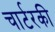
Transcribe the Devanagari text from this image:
चार्टरकी